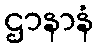
ဌာနာနံ